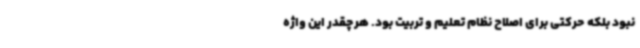
نبود بلکه حرکتی برای اصلاح نظام تعلیم و تربیت بود. هرچقدر این واژه